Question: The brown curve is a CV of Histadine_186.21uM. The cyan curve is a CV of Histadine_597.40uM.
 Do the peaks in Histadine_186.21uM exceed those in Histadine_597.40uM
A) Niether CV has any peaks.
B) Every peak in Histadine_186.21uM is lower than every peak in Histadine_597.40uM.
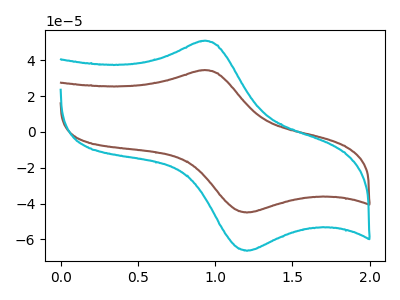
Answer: <think>The brown curve "Histadine_186.21uM" has an anodic peak at (0.90V, 34.45uA) and a cathodic peak at (1.20V, -45.00uA). The cyan curve "Histadine_597.40uM" has an anodic peak at (0.90V, 50.75uA) and a cathodic peak at (1.20V, -66.35uA).</think>
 <answer>B) Every peak in "Histadine_186.21uM" is lower than every peak in "Histadine_597.40uM".</answer>
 <eval>B</eval>